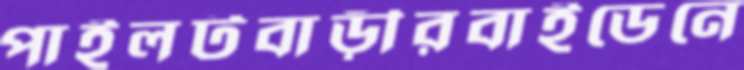
পাইলটবাড়ীরবাইডেনে